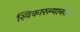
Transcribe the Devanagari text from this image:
स्विकारल्यानंतर